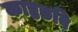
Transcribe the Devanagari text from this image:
काष्ठछवि